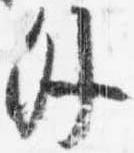
外